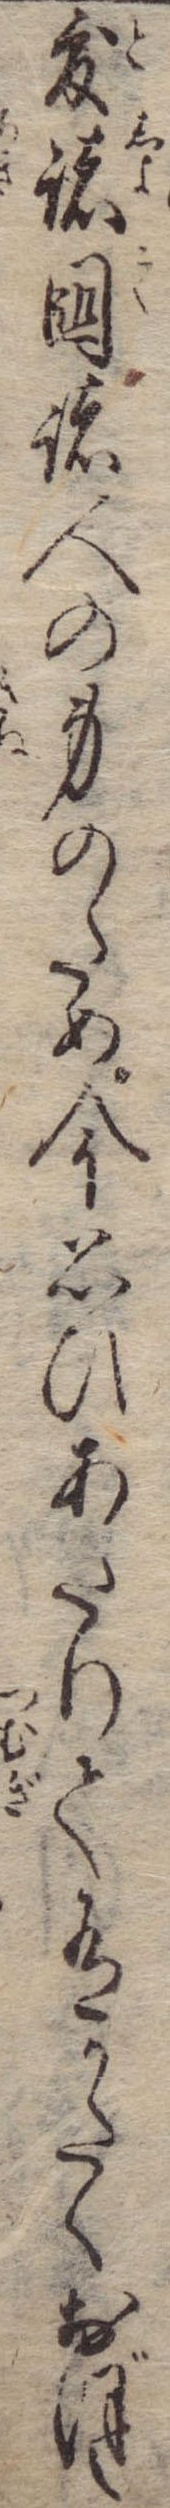
度諸国諸人の身のため今思ひあたりて有かたくおぼえ